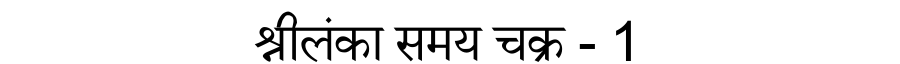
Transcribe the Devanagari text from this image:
श्रीलंका समय चक्र - 1